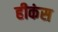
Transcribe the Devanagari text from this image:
हीकंस